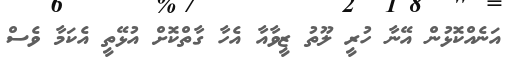
އަނެއްކޮޅުން އޭނާ ހުރީ ލޫތު ޒީވާއާ އެހާ ގާތްކޮށް އުޅޭތީ އެކަމާ ވެސް